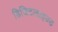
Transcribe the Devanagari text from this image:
डिजिटलाइज्ड